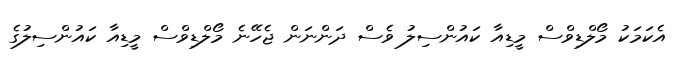
އެކަމަކު މޯލްޑިވްސް މީޑިއާ ކައުންސިލު ވެސް ދަންނަން ޖެހޭނެ މޯލްޑިވްސް މީޑިއާ ކައުންސިލުގެ